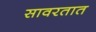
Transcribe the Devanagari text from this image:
सावरतात